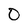
Character: O